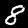
Label: 8